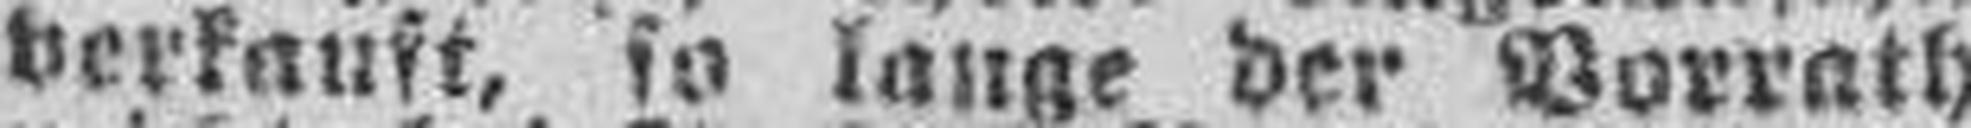
verkauft, so lange der Vorrath